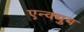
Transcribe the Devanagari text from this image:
एन्क्युब